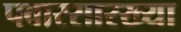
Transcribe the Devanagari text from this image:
पवारसारख्या